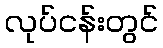
လုပ်ငန်းတွင်